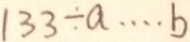
1 3 3 \div a \cdots b